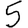
Digit: 5